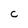
Character: C